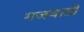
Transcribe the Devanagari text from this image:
गजवाडी